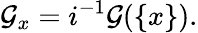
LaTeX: {\mathcal{G}}_{x}=i^{-1}{\mathcal{G}}(\{ x\} ).